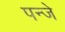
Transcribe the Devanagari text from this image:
पन्जे